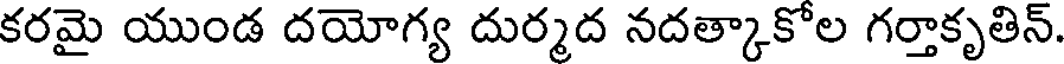
కరమై యుండ దయోగ్య దుర్మద నదత్కాకోల గర్తాకృతిన్.